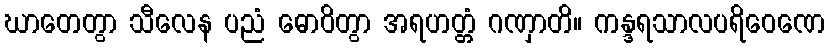
ဃာတေတွာ သီလေန ပညံ ဓောဝိတွာ အရဟတ္တံ ဂဏှာတိ။ ကန္ဒရသာလပရိဝေဏေ